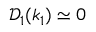
\mathcal { D } _ { 1 } ( k _ { 1 } ) \simeq 0